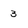
Character: 3